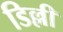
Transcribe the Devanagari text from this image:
डिल्ली